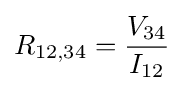
R_{12,34}={\frac {V_{34}}{I_{12}}}